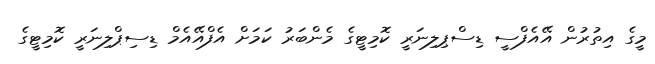
މީގެ އިތުރުން އޭއެފްސީ ޑިސްޕިލިނަރީ ކޮމިޓީގެ މެންބަރު ކަމަށް އެފްއޭއެމް ޑިސިޕްލިނަރީ ކޮމިޓީގެ